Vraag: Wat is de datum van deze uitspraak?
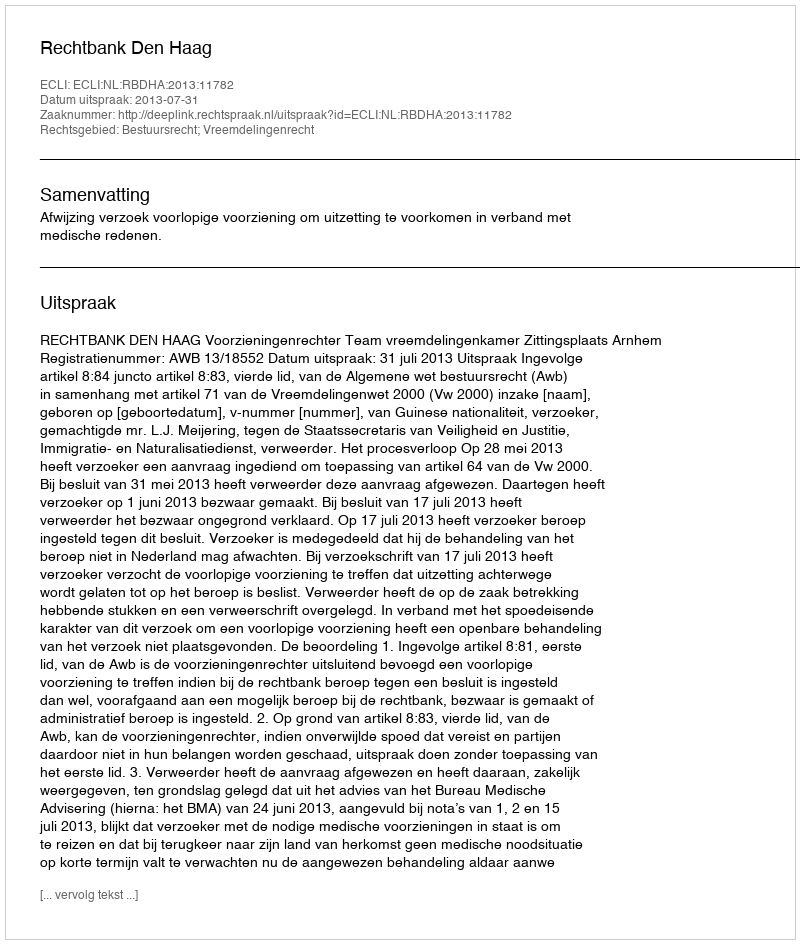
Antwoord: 2013-07-31